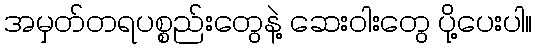
အမှတ်တရပစ္စည်းတွေနဲ့ ဆေးဝါးတွေ ပို့ပေးပါ။